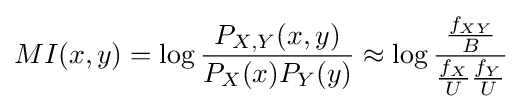
MI(x,y)=\log {\frac {P_{X,Y}(x,y)}{P_{X}(x)P_{Y}(y)}}\approx \log {\frac {\frac {f_{XY}}{B}}{{\frac {f_{X}}{U}}{\frac {f_{Y}}{U}}}}